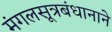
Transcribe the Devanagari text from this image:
मंगलसूत्रबंधानाने